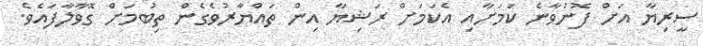
ސީރިޔާ އަށް ފޮނުވާނެ ކަމަށާއި އެކަމަށް ރަޝިޔާ އިން ތައްޔާރުވެގެން ތިބުމަށް ގޮވާލާފައެވެ.